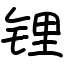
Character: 锂